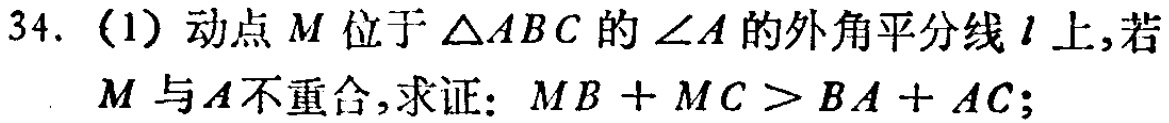
34. (1) 动点\(M\)位于\(\triangle ABC\)的\(\angle A\)的外角平分线\(l\)上，若\(M\)与\(A\)不重合，求证：\(MB + MC>BA + AC\)；